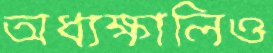
অধ্যক্ষালিও